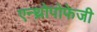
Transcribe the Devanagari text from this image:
एन्थ्रोपोफेजी